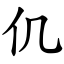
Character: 仉